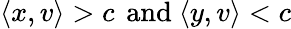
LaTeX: \langle x,v\rangle>c\, {\mathrm{~and~}}\langle y,v\rangle<c